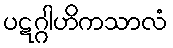
ပဋဂ္ဂါဟိကသာလံ